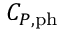
C _ { P , \mathrm { { p h } } }